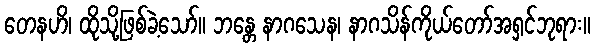
တေနဟိ၊ ထိုသို့ဖြစ်ခဲ့သော်။ ဘန္တေ နာဂသေန၊ နာဂသိန်ကိုယ်တော်အရှင်ဘုရား။